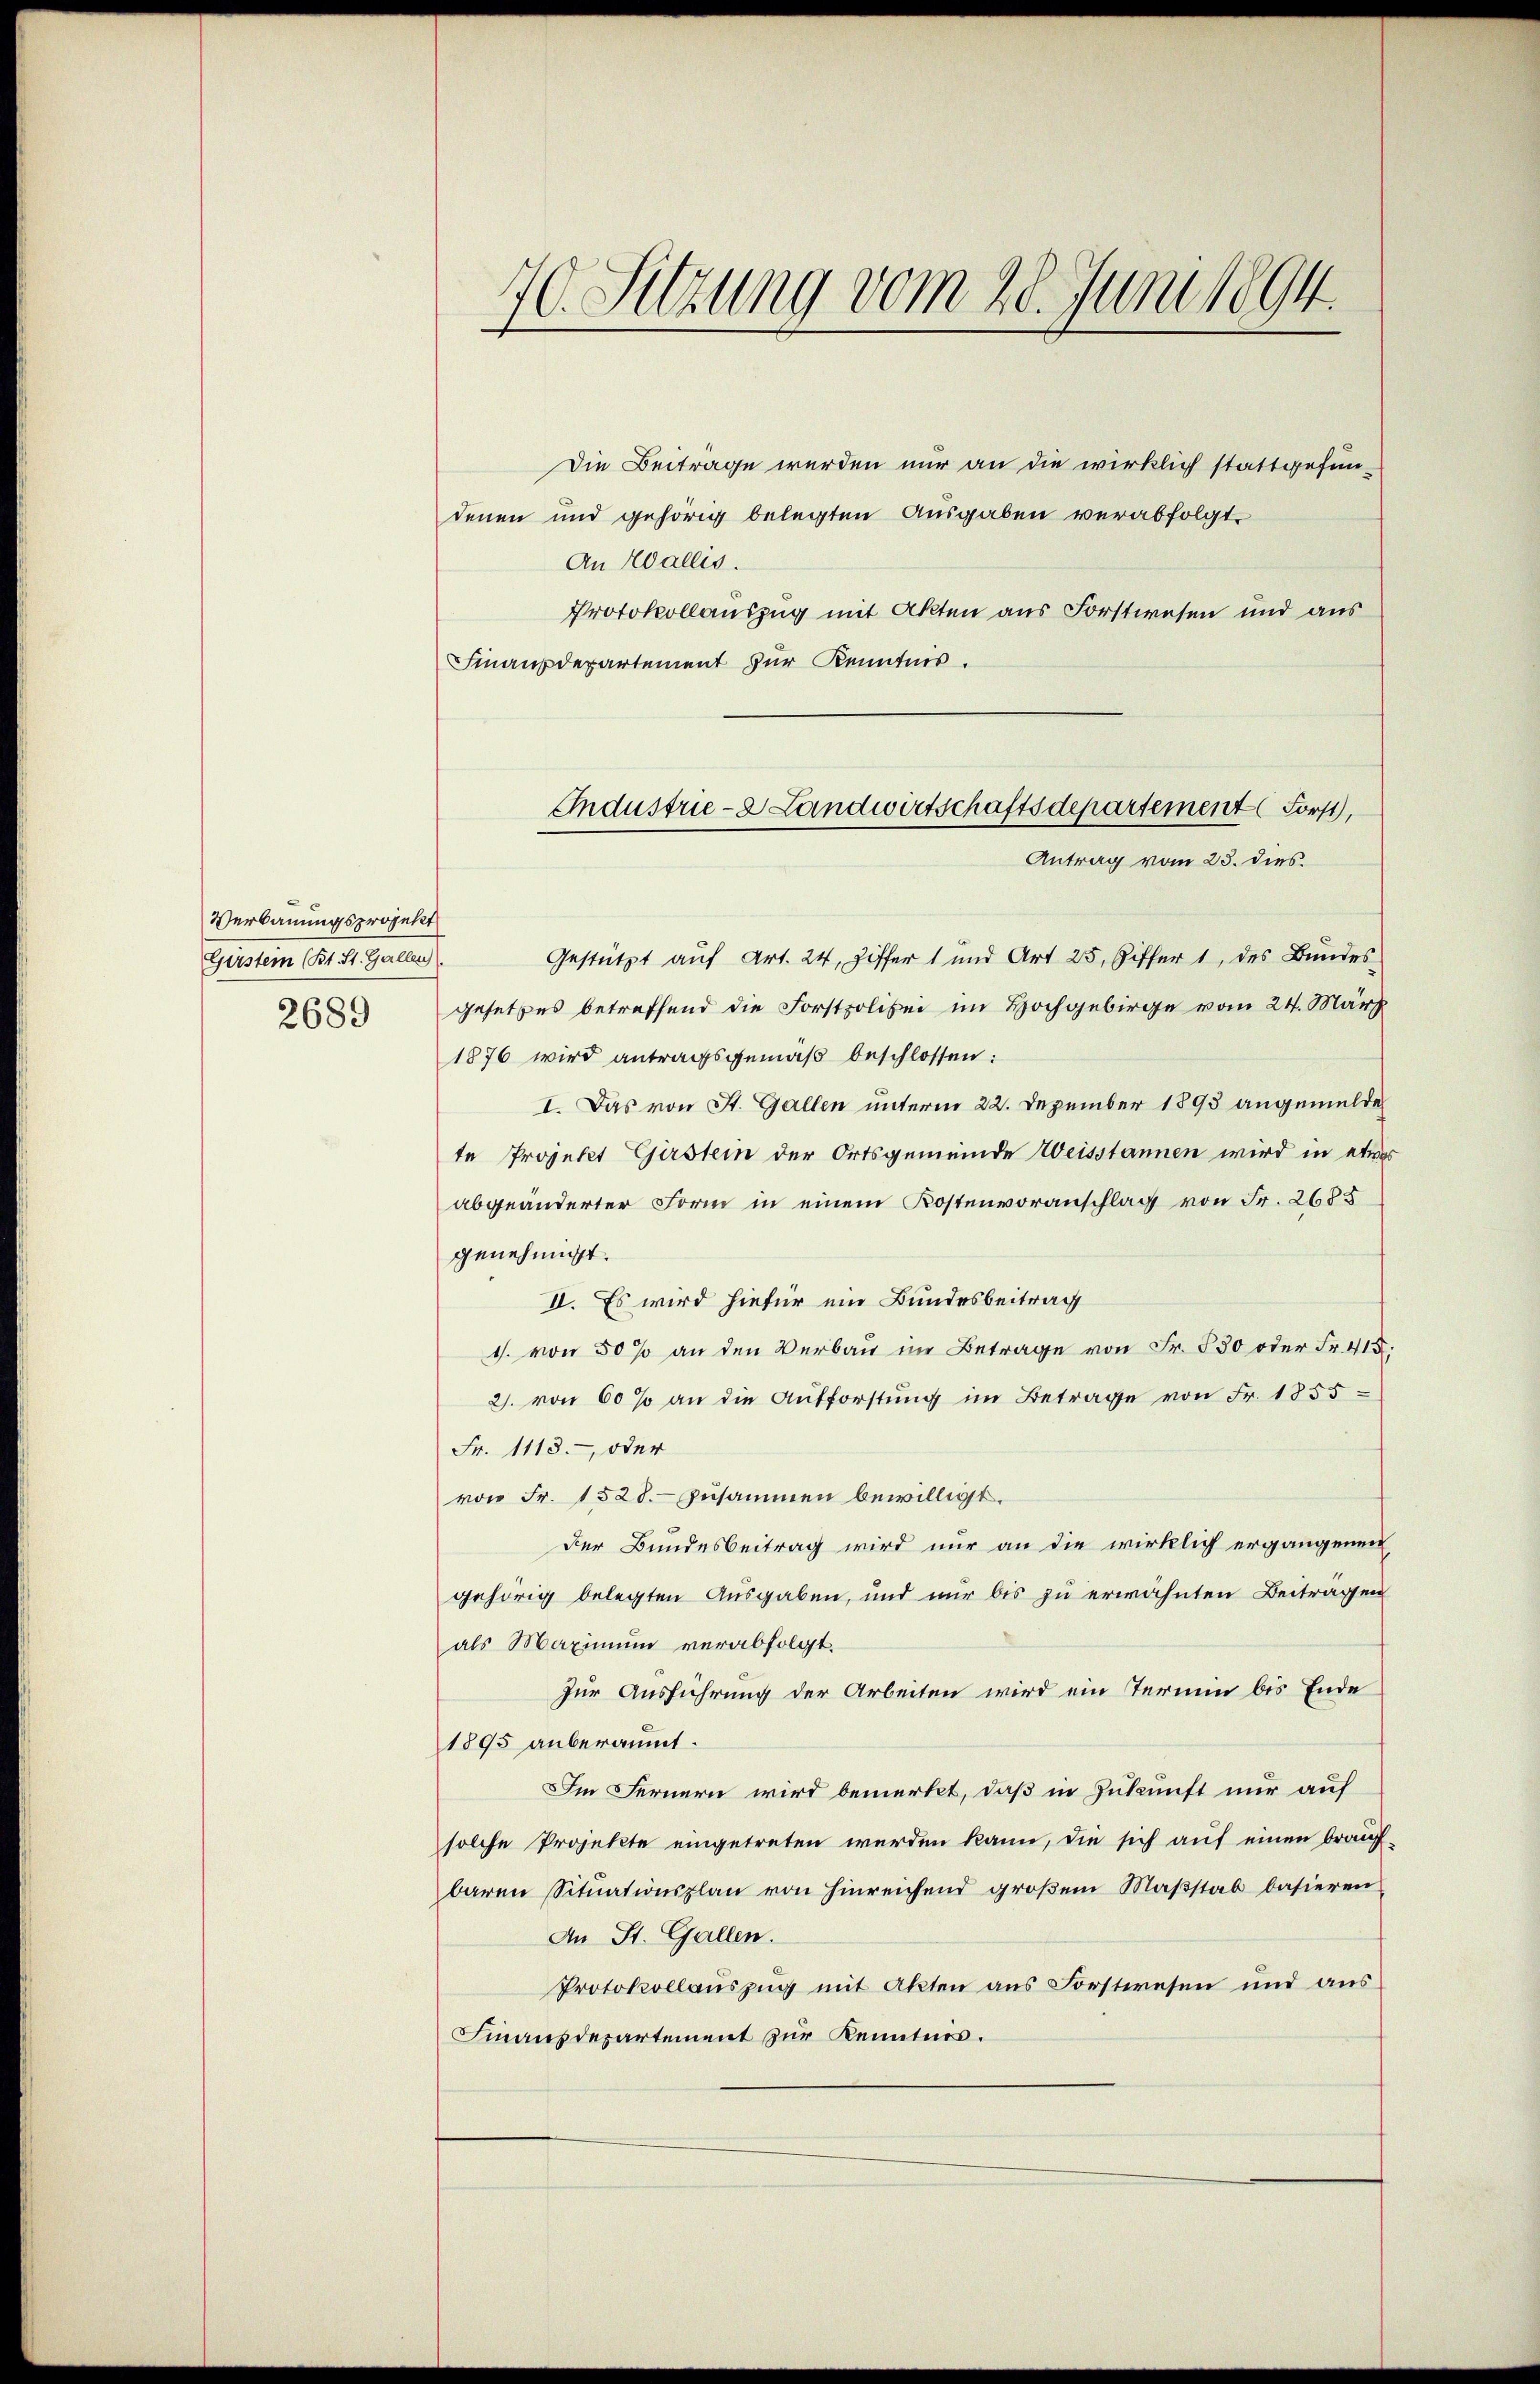
Verbauungsprojekt
Greten 1814. Januar
2689

Die Beiträge werden nur an die wirklich stattgefundenen und gehörig belegten Ausgaben verabfolgt.
An Wallis.
Protokollauszug mit Akten aus Forstwesen und aus
Finanzdepartement zur Kenntnis.
Gestützt auf Art. 24, Ziffer 1 und Art 25, Ziffer 1, des Bundes
gesetzes betreffend die Forstpolizei im Hochgebirge vom 24. März
1876 wird antragsgemäß beschlossen:
I. Das von St. Gallen unterm 22. Dezember 1893 angemelde
te Projekt Girstem der Ortsgemeinde Weisstannen wird in etwas
abgeänderter Form in einem Kostenvoranschlag von Fr. 2685
genehmigt.
II. Es wird hiefür ein Bundesbeitrag
1. von 50 % an den Verbau in Betrage von Fr. 530 oder Fr. 415:
2. von 60 % an die Aufforstŭng im Betrage von Fr. 1855
Fr. 1113. oder
von Fr. 1528. zusammen bewilligt.
Der Bundesbeitrag wird nur an die wirklich ergangenen
gehörig belegten Ausgaben, und nur bis zu erwähnten Beitragen
als Maximum verabfolgt.
Zur Ausführung der Arbeiten wird ein Termin bis Ende
1895 anberaumt.
Im Fernern wird bemerkt, daß in Zukunft nur auf
solche Projekte eingetreten werden kann, die sich auf einen brauf-
baren Sitŭationsplan von hinreichend groβem Maβstab basieren.
An St. Gallen.
Protokollauszug mit Akten aus Forstwesen und aus
Finanzdepartement zur Kenntnis.

1. Sitzung vom 28. Juni 1894.

Industrie-2 Landwirtschaftsdepartement Forst,
Antrag vom 23. dies